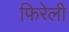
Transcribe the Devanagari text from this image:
फिरेली